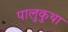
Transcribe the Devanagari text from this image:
पालुकुथा